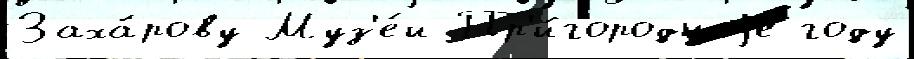
Заха́рову Муз'е́и Пр'и́городныjе году